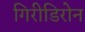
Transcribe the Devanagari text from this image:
गिरीडिरोन